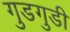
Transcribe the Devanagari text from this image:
गुडगुडी